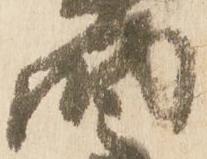
納